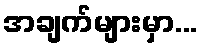
အချက်များမှာ...